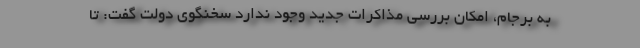
به برجام، امکان بررسی مذاکرات جدید وجود ندارد سخنگوی دولت گفت: تا